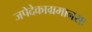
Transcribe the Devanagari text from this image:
जपेदेकाग्रमानसः